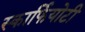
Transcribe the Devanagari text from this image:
स्कार्फियोटी